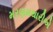
મરણમથારીએ